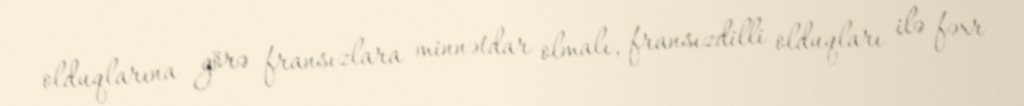
olduqlarına görə fransızlara minnətdar olmalı, fransızdilli olduqları ilə fəxr